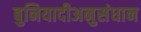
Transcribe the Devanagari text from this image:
बुनियादीअनुसंधान